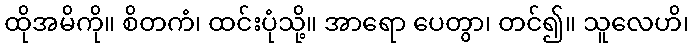
ထိုအမိကို။ စိတကံ၊ ထင်းပုံသို့။ အာရော ပေတွာ၊ တင်၍။ သူလေဟိ၊